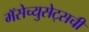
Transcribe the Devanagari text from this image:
मॅसेच्युसेट्सची